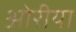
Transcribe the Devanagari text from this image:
ओरीया